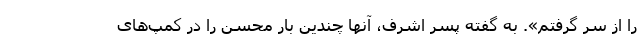
را از سر گرفتم». به گفته پسر اشرف، آنها چندین بار محسن را در کمپ‌های